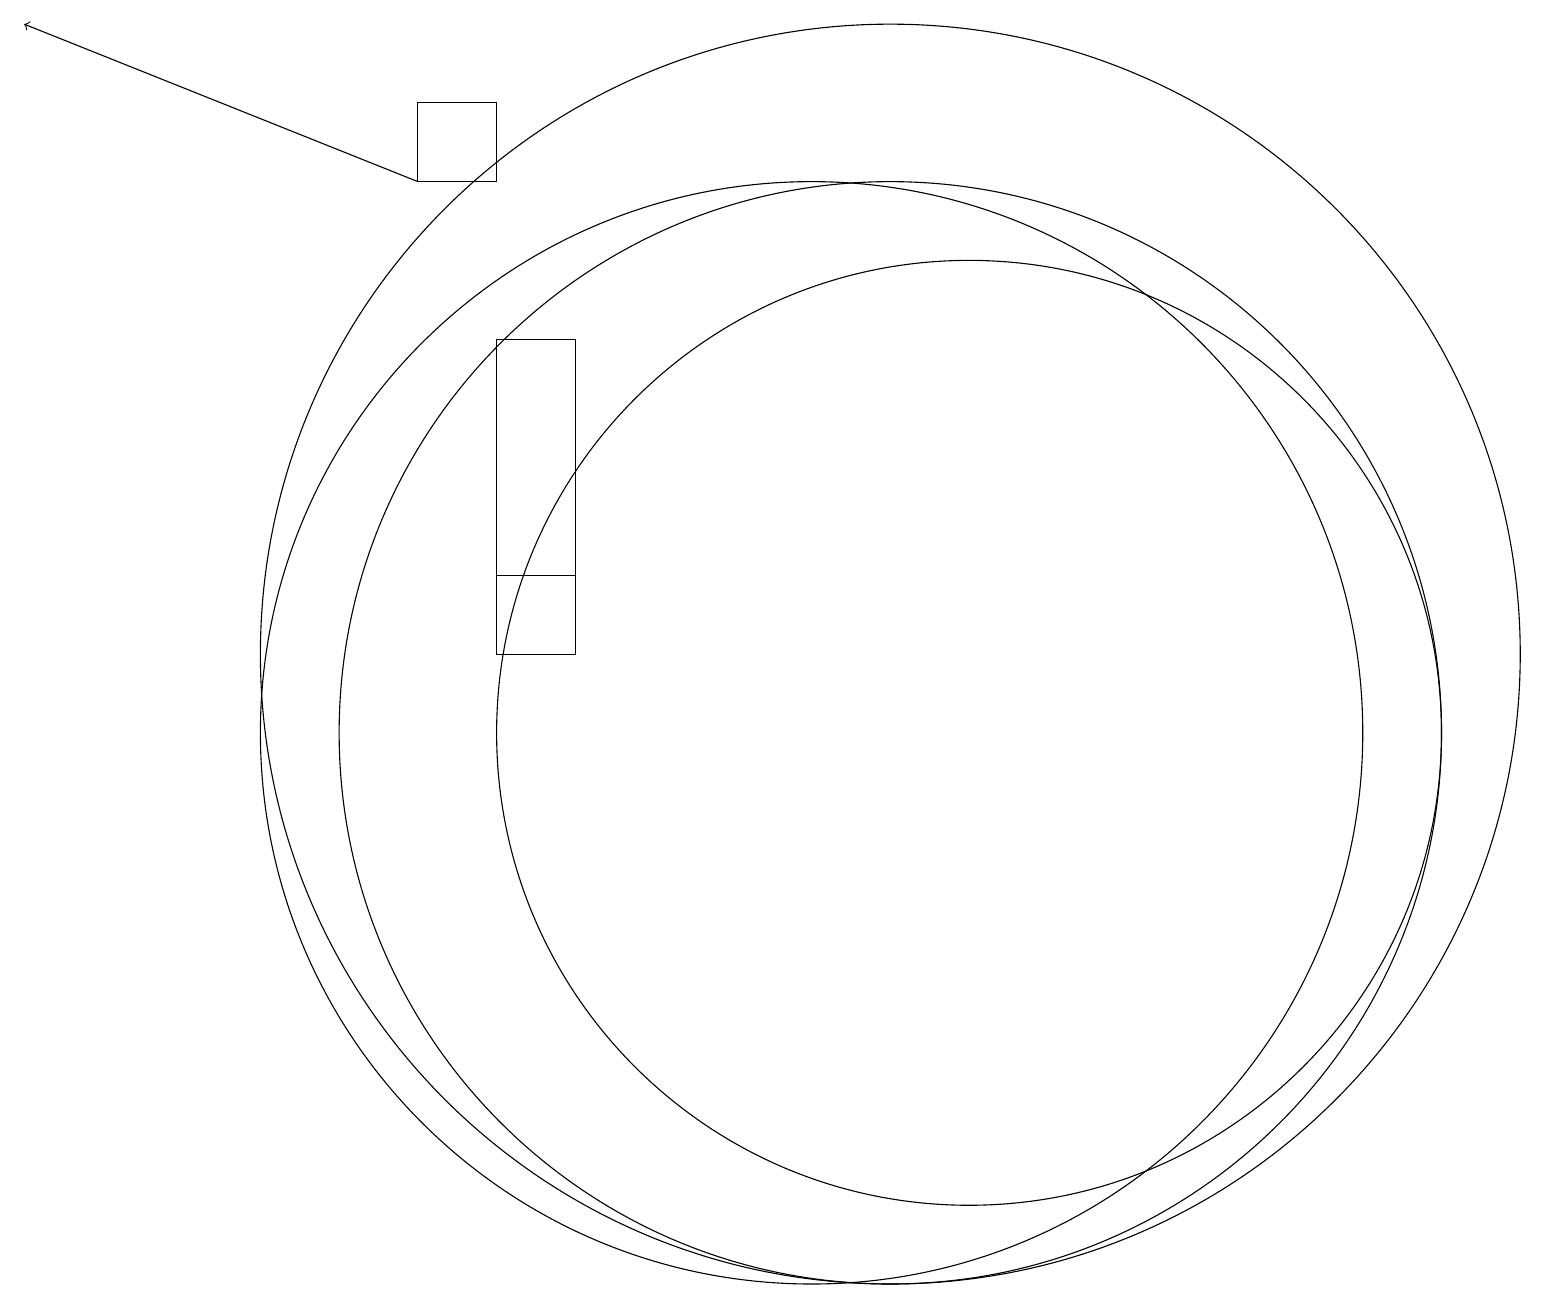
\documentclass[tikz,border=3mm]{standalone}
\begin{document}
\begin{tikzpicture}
\draw (10,10) circle (7);
\draw (11,11) circle (8);
\draw (5,18) rectangle (6,17);
\draw (7,12) rectangle (6,12);
\draw (12,10) circle (6);
\draw[->] (5,17) -- (0,19);
\draw (6,15) rectangle (7,11);
\draw (11,10) circle (7);
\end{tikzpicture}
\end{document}